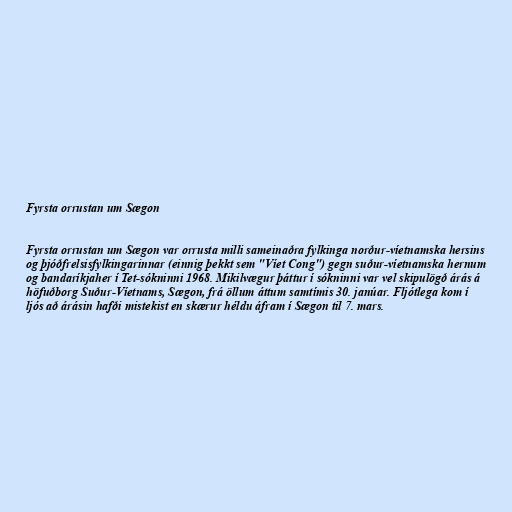
Fyrsta orrustan um Sægon

Fyrsta orrustan um Sægon var orrusta milli sameinaðra fylkinga norður-víetnamska hersins
og þjóðfrelsisfylkingarinnar (einnig þekkt sem "Víet Cong") gegn suður-víetnamska hernum
og bandaríkjaher í Tet-sókninni 1968. Mikilvægur þáttur í sókninni var vel skipulögð árás á
höfuðborg Suður-Víetnams, Sægon, frá öllum áttum samtímis 30. janúar. Fljótlega kom í
ljós að árásin hafði mistekist en skærur héldu áfram í Sægon til 7. mars.